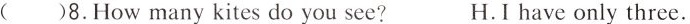
( )8.How many kites do you see? H.I have only three.